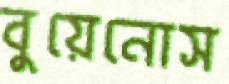
বুয়েনোস